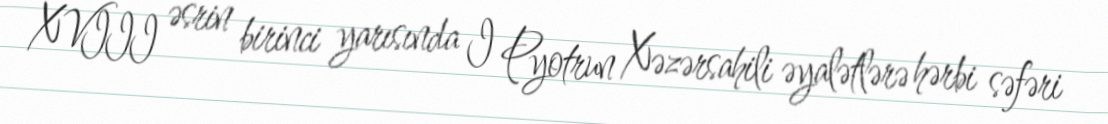
XVIII əsrin birinci yarısında I Pyotrun Xəzərsahili əyalətlərə hərbi səfəri